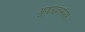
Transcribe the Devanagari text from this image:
गुणगानसंपन्न